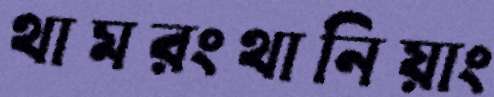
থামরংথানিয়াং